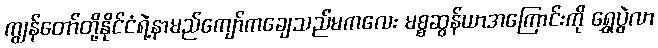
ကျွန်တော်တို့နိုင်ငံရဲ့နာမည်ကျော်ကချေသည်မကလေး မစ္စဆွန်ယာအကြောင်းကို ရွှေပွဲလာ